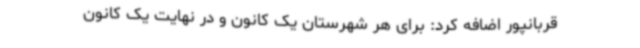
قربانپور اضافه کرد: برای هر شهرستان یک کانون و در نهایت یک کانون